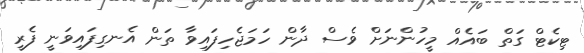
ޓިކެޓް ގަތް ބައެއް މީހުންނަށް ވެސް ދާން ހަމަޖެހިފައިވާ ތަން އެނގިފައިވަނީ ފެރީ